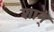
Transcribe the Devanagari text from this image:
शान्